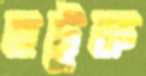
হটুক